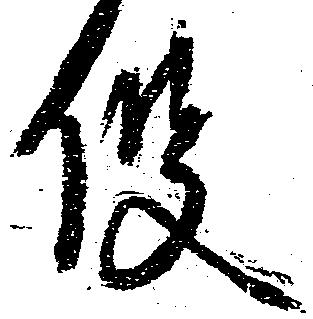
役